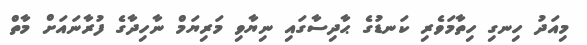
މިއަދު ހިނގި ހިތާމަވެރި ކަނޑުގެ ޙާދިސާގައި ނިޔާވި މަރިޔަމް ނާހިދާގެ ފުރާނައަށް މާތް